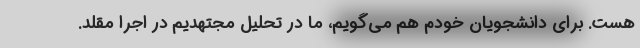
هست. برای دانشجویان خودم هم می‌گویم، ما در تحلیل مجتهدیم در اجرا مقلد.